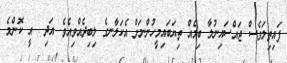
ފައިތިލަވެސް ޖައްސައިނުލާ ބިމެއް ތިޔަބައިމީހުންނަށް އެކަލާނގެ ލިބިދެއްވިއެވެ. އަދި  އީ ކޮންމެ